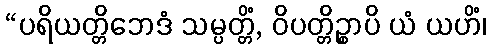
“ပရိယတ္တိဘေဒံ သမ္ပတ္တိံ, ဝိပတ္တိဉ္စာပိ ယံ ယဟိံ၊